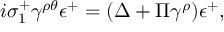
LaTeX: i \sigma _ { 1 } ^ { + } \gamma ^ { \rho \theta } \epsilon ^ { + } = ( \Delta + \Pi \gamma ^ { \rho } ) \epsilon ^ { + } ,